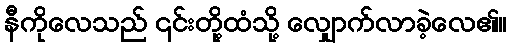
နီကိုလေသည် ၎င်းတို့ထံသို့ လျှောက်လာခဲ့လေ၏။